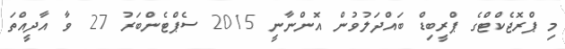
މި ޕްރޮޖެކްޓްގެ ޕްރީބިޑް ބައްދަލުވުން އޮންނާނީ 2015 ސެޕްޓެންބަރު 27 ވާ އާދީއްތަ